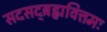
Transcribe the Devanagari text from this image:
सदसद्ब्रह्मवित्तमः